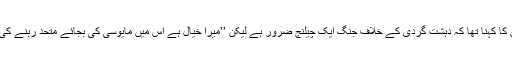
فوج کے ترجمان کا کہنا تھا کہ دہشت گردی کے خلاف جنگ ایک چیلنج ضرور ہے لیکن ’’میرا خیال ہے اس میں مایوسی کی بجائے متحد رہنے کی ضرورت ہے‘‘۔